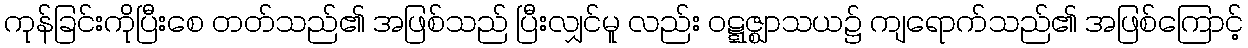
ကုန်ခြင်းကိုပြီးစေ တတ်သည်၏ အဖြစ်သည် ပြီးလျှင်မူ လည်း ဝဋ္ဋဇ္ဈာသယ၌ ကျရောက်သည်၏ အဖြစ်ကြောင့်